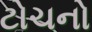
ટોચનો